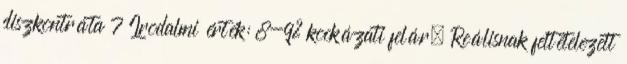
diszkontráta 7 Irodalmi érték: 8-9% kockázati felár. Reálisnak feltételezett